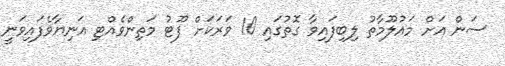
ސަން އަށް މައުލޫމާތު ލިބިފައިވާ ގޮތުގައި 10 ވަރަކަށް ފޫޓު މަތިންވެއްޓި އަނިޔާވެފައިވަނީ